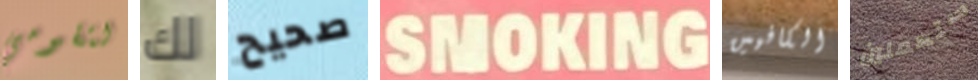
لتقومي لك صحيح SMOKING الكافيين ستعملين